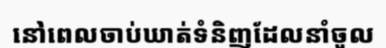
នៅពេលចាប់ឃាត់ទំនិញដែលនាំចូល